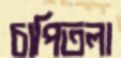
চাপিতলা